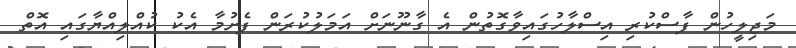
މަޖިލީހުން ފާސްކުރި އިސްލާހުގައިވާގޮތުން އެ ގާނޫނަށް އަމަލުކުރަން ފެށުމާ އެކު ކުއްލިއްޔާގައި އޮތް